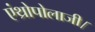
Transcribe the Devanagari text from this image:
एंथ्रोपोलाजी।